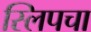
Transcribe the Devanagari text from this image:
स्लिपचा